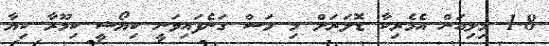
1.8 މިލިއަން އެމެރިކާ ޑޮލަރަށް މި މަސް ގަނެފައިވަނީ ކިޔޯޝީ ކިމޫރާ ކިޔާ